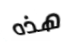
هذه